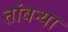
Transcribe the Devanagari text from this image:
तांबन्या